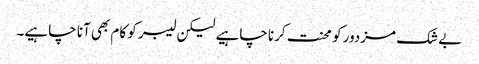
بے شک مزدور کو محنت کرنا چاہیے لیکن لیبر کو کام بھی آنا چاہیے۔